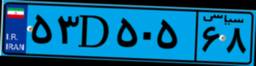
۹۴D۹۶۵۰۶